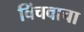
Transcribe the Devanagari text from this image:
विंचवाचा